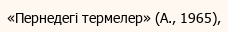
«Пернедегі термелер» (А., 1965),